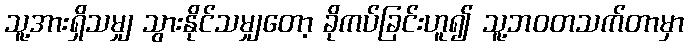
သူ့အားရှိသမျှ သွားနိုင်သမျှတော့ ခိုကပ်ခြင်းဟူ၍ သူ့ဘဝတသက်တာမှာ